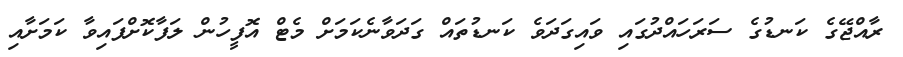
ރާއްޖޭގެ ކަނޑުގެ ސަރަހައްދުގައި ވައިގަދަވެ ކަނޑުތައް ގަދަވާނެކަމަށް މެޓް އޮފީހުން ލަފާކޮށްފައިވާ ކަމަށާއި